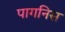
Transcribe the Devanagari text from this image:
पागनिस